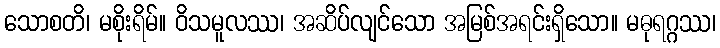
သောစတိ၊ မစိုးရိမ်။ ဝိသမူလဿ၊ အဆိပ်လျင်သော အမြစ်အရင်းရှိသော။ မဓုရဂ္ဂဿ၊